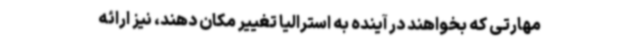
مهارتی که بخواهند در آینده به استرالیا تغییر مکان دهند، نیز ارائه